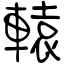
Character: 轅